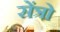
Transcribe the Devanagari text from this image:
सेंत्रो